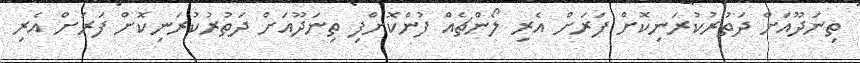
ތިނަދޫއަށް ދަތުރުކުރަނިކޮށް ފަރަށް އެރި ލޯންޗެއް ފުންކޮށްފި ތިނަދޫއަށް ދަތުރުކުރަނިކޮށް ފަރަށް އެރި